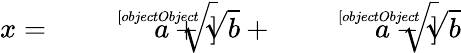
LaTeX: x={\sqrt[[objectObject]]{a+{\sqrt{b}}}}+{\sqrt[[objectObject]]{a-{\sqrt{b}}}}